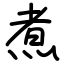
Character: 煮